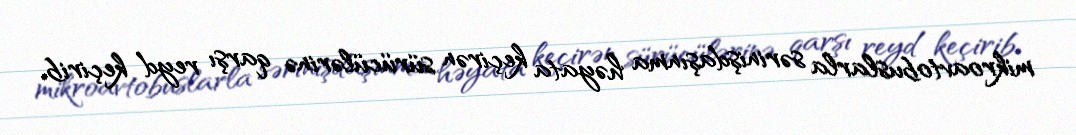
mikroavtobuslarla sərinişdaşınma həyata keçirən sürücülərinə qarşı reyd keçirib.